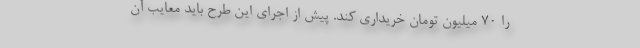
را 70 میلیون تومان خریداری کند. پیش از اجرای این طرح باید معایب آن